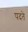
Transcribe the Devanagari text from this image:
पदते